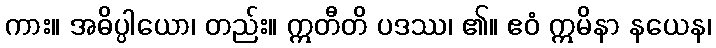
ကား။ အဓိပ္ပါယော၊ တည်း။ ဣတီတိ ပဒဿ၊ ၏။ ဧဝံ ဣမိနာ နယေန၊